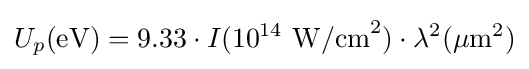
U_{p}(\mathrm {eV} )=9.33\cdot I(10^{14}\ \mathrm {W/cm} ^{2})\cdot \lambda ^{2}(\mathrm {\mu m} ^{2})